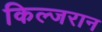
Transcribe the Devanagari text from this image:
किल्जरान